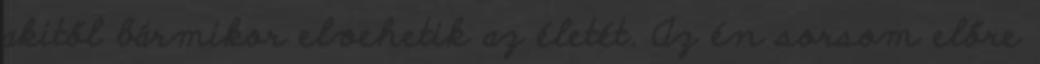
akitől bármikor elvehetik az életét. Az én sorsom előre